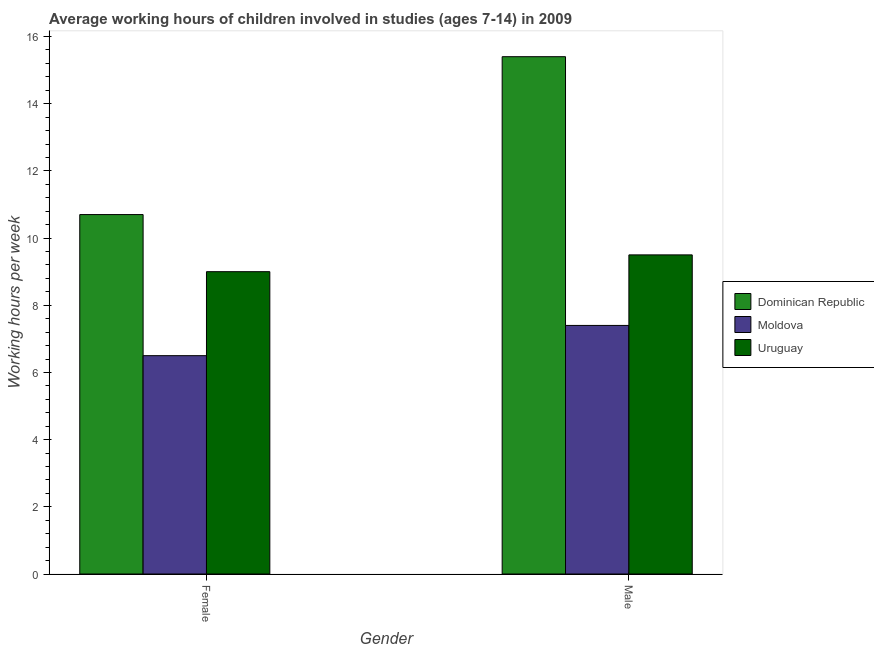
| Gender | Dominican Republic | Moldova | Uruguay |
 | --- | --- | --- | --- |
 | Female | 10.7 | 6.5 | 9 |
 | Male | 15.4 | 7.4 | 9.5 |